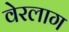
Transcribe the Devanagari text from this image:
वेरलाग